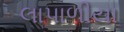
લાપાળીયા